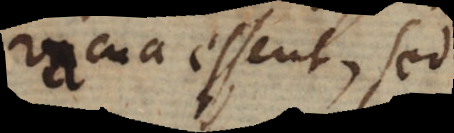
vacua essent, sed